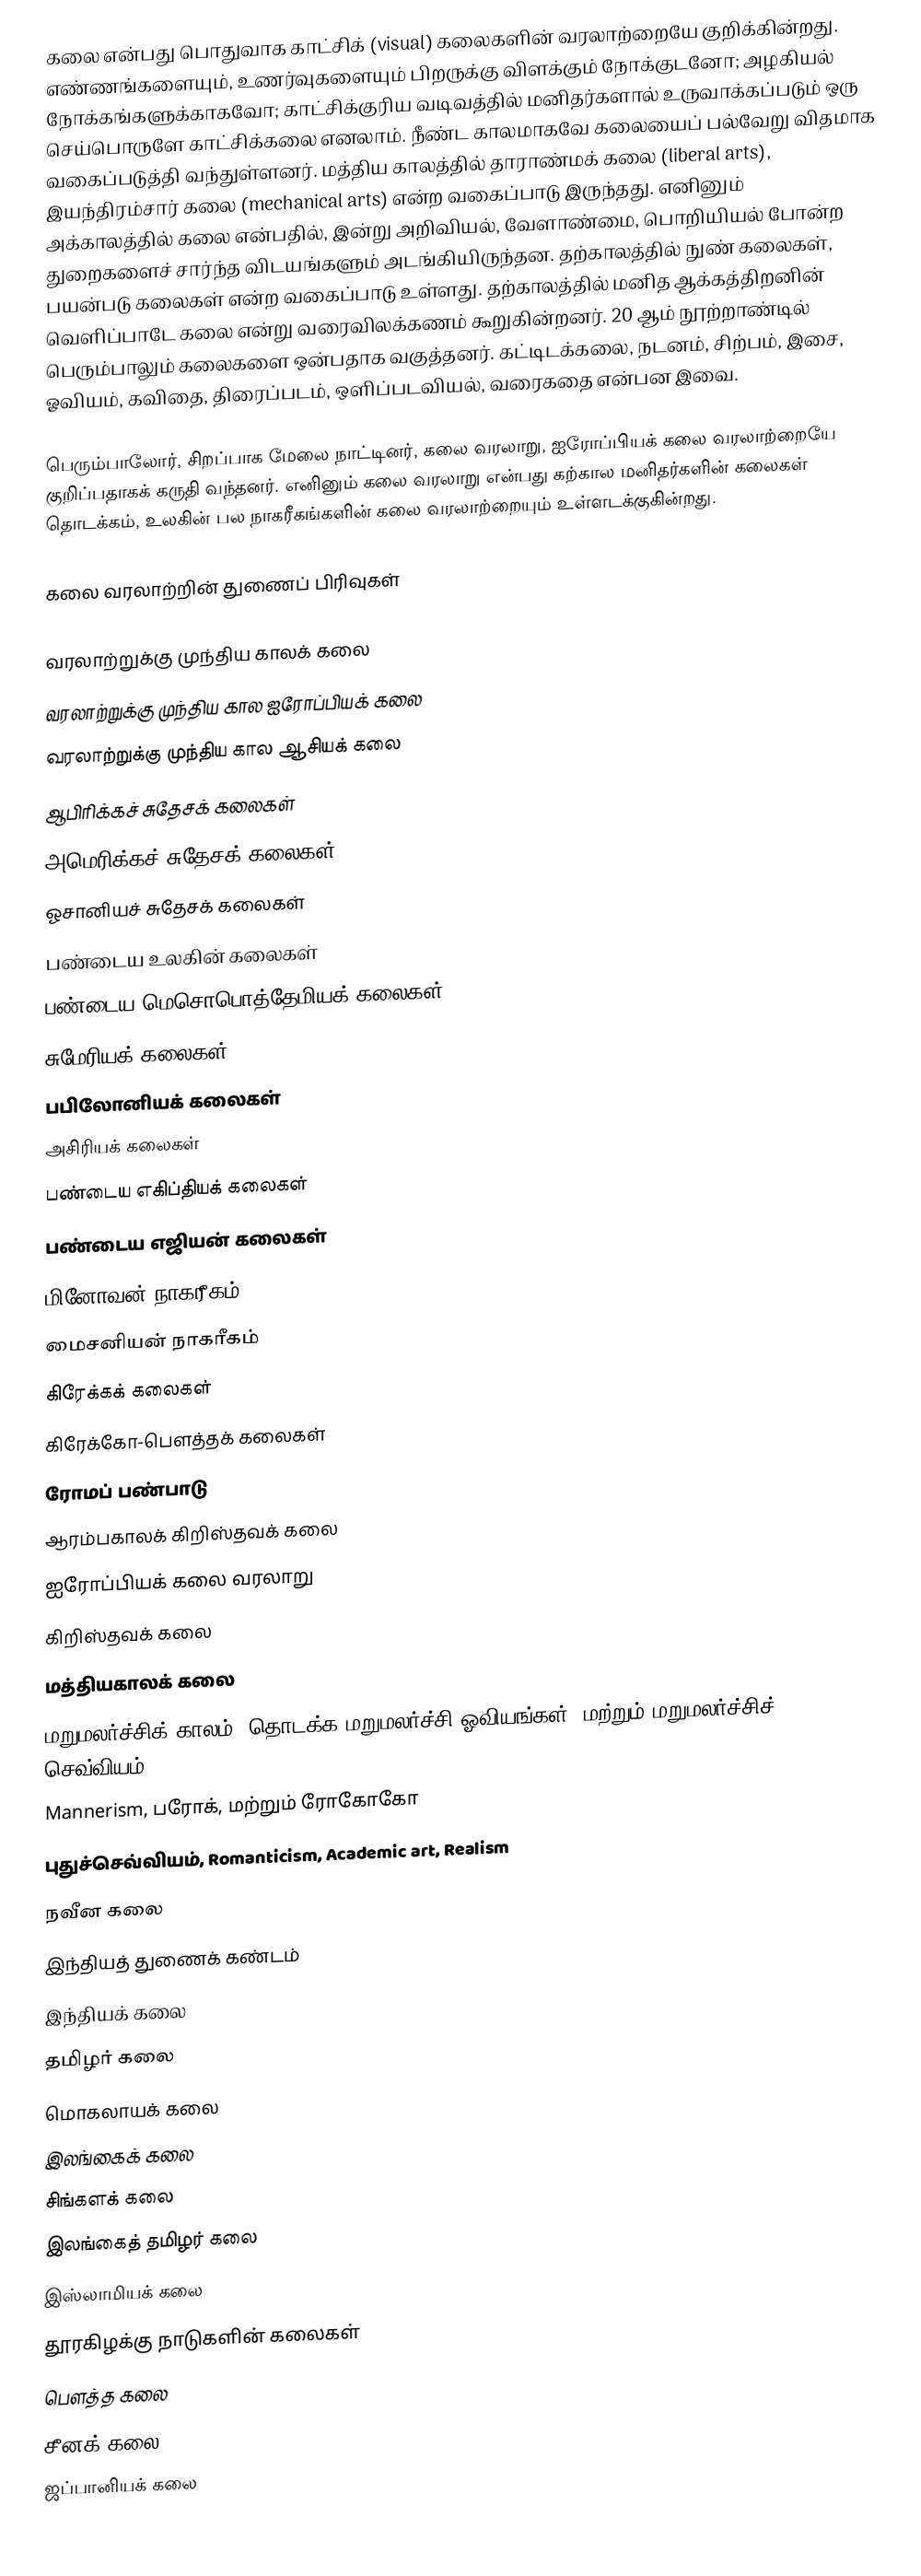
கலை  என்பது பொதுவாக காட்சிக் (visual) கலைகளின் வரலாற்றையே குறிக்கின்றது. எண்ணங்களையும், உணர்வுகளையும் பிறருக்கு விளக்கும் நோக்குடனோ; அழகியல் நோக்கங்களுக்காகவோ; காட்சிக்குரிய வடிவத்தில் மனிதர்களால் உருவாக்கப்படும் ஒரு செய்பொருளே காட்சிக்கலை எனலாம். நீண்ட காலமாகவே கலையைப் பல்வேறு விதமாக வகைப்படுத்தி வந்துள்ளனர். மத்திய காலத்தில் தாராண்மக் கலை (liberal arts), இயந்திரம்சார் கலை (mechanical arts) என்ற வகைப்பாடு இருந்தது. எனினும் அக்காலத்தில் கலை என்பதில், இன்று அறிவியல், வேளாண்மை, பொறியியல் போன்ற துறைகளைச் சார்ந்த விடயங்களும் அடங்கியிருந்தன. தற்காலத்தில் நுண் கலைகள், பயன்படு கலைகள் என்ற வகைப்பாடு உள்ளது. தற்காலத்தில் மனித ஆக்கத்திறனின் வெளிப்பாடே கலை என்று வரைவிலக்கணம் கூறுகின்றனர். 20 ஆம் நூற்றாண்டில் பெரும்பாலும் கலைகளை ஒன்பதாக வகுத்தனர். கட்டிடக்கலை, நடனம், சிற்பம், இசை, ஓவியம், கவிதை, திரைப்படம், ஒளிப்படவியல், வரைகதை என்பன இவை.

பெரும்பாலோர், சிறப்பாக மேலை நாட்டினர், கலை வரலாறு, ஐரோப்பியக் கலை வரலாற்றையே குறிப்பதாகக் கருதி வந்தனர். எனினும் கலை வரலாறு என்பது கற்கால மனிதர்களின் கலைகள் தொடக்கம், உலகின் பல நாகரீகங்களின் கலை வரலாற்றையும் உள்ளடக்குகின்றது.

கலை வரலாற்றின் துணைப் பிரிவுகள்

 வரலாற்றுக்கு முந்திய காலக் கலை
 வரலாற்றுக்கு முந்திய கால ஐரோப்பியக் கலை
 வரலாற்றுக்கு முந்திய கால ஆசியக் கலை
 ஆபிரிக்கச் சுதேசக் கலைகள்
 அமெரிக்கச் சுதேசக் கலைகள்
 ஓசானியச் சுதேசக் கலைகள்
 பண்டைய உலகின் கலைகள்
 பண்டைய மெசொபொத்தேமியக் கலைகள்
 சுமேரியக் கலைகள்
 பபிலோனியக் கலைகள்
 அசிரியக் கலைகள்
 பண்டைய எகிப்தியக் கலைகள்
 பண்டைய எஜியன் கலைகள்
 மினோவன் நாகரீகம்
 மைசனியன் நாகரீகம்
 கிரேக்கக் கலைகள்
 கிரேக்கோ-பௌத்தக் கலைகள்
 ரோமப் பண்பாடு
 ஆரம்பகாலக் கிறிஸ்தவக் கலை
 ஐரோப்பியக் கலை வரலாறு
 கிறிஸ்தவக் கலை
 மத்தியகாலக் கலை
 மறுமலர்ச்சிக் காலம், தொடக்க மறுமலர்ச்சி ஓவியங்கள், மற்றும் மறுமலர்ச்சிச் செவ்வியம்
 Mannerism, பரோக், மற்றும் ரோகோகோ
 புதுச்செவ்வியம், Romanticism, Academic art, Realism
 நவீன கலை
 இந்தியத் துணைக் கண்டம்
 இந்தியக் கலை
 தமிழர் கலை
 மொகலாயக் கலை
 இலங்கைக் கலை
 சிங்களக் கலை
 இலங்கைத் தமிழர் கலை
 இஸ்லாமியக் கலை
 தூரகிழக்கு நாடுகளின் கலைகள்
 பௌத்த கலை
 சீனக் கலை
 ஜப்பானியக் கலை